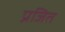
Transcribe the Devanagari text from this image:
प्रजित